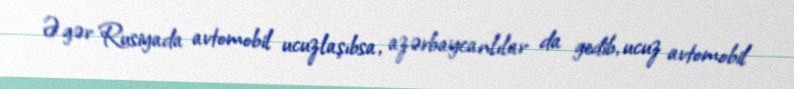
Əgər Rusiyada avtomobil ucuzlaşıbsa, azərbaycanlılar da gedib, ucuz avtomobil